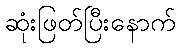
ဆုံးဖြတ်ပြီးနောက်